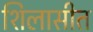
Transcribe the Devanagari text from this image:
शिलासीत